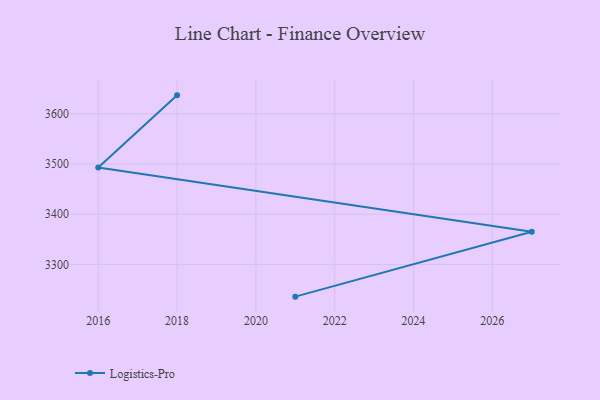
{"axis": {"x": "Year", "y": "Customer Acquisition Cost (USD)"}, "legend": ["Logistics-Pro"], "data": [{"x": "2018", "y": 3636.9, "type": "Logistics-Pro"}, {"x": "2016", "y": 3493.1, "type": "Logistics-Pro"}, {"x": "2027", "y": 3364.9, "type": "Logistics-Pro"}, {"x": "2021", "y": 3235.7, "type": "Logistics-Pro"}]}